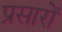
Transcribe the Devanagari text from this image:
प्रसारों